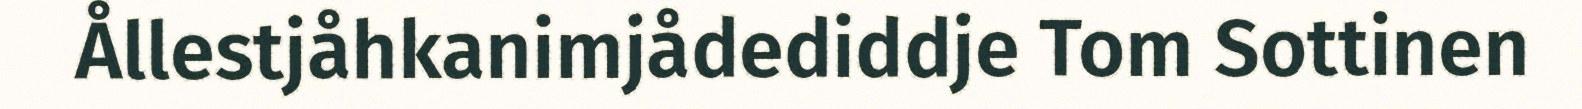
Ållestjåhkanimjådediddje Tom Sottinen